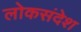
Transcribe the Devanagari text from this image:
लोकसंदेश